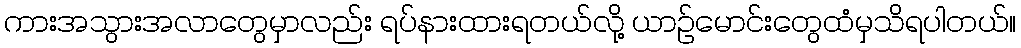
ကားအသွားအလာတွေမှာလည်း ရပ်နားထားရတယ်လို့ ယာဥ်မောင်းတွေထံမှသိရပါတယ်။